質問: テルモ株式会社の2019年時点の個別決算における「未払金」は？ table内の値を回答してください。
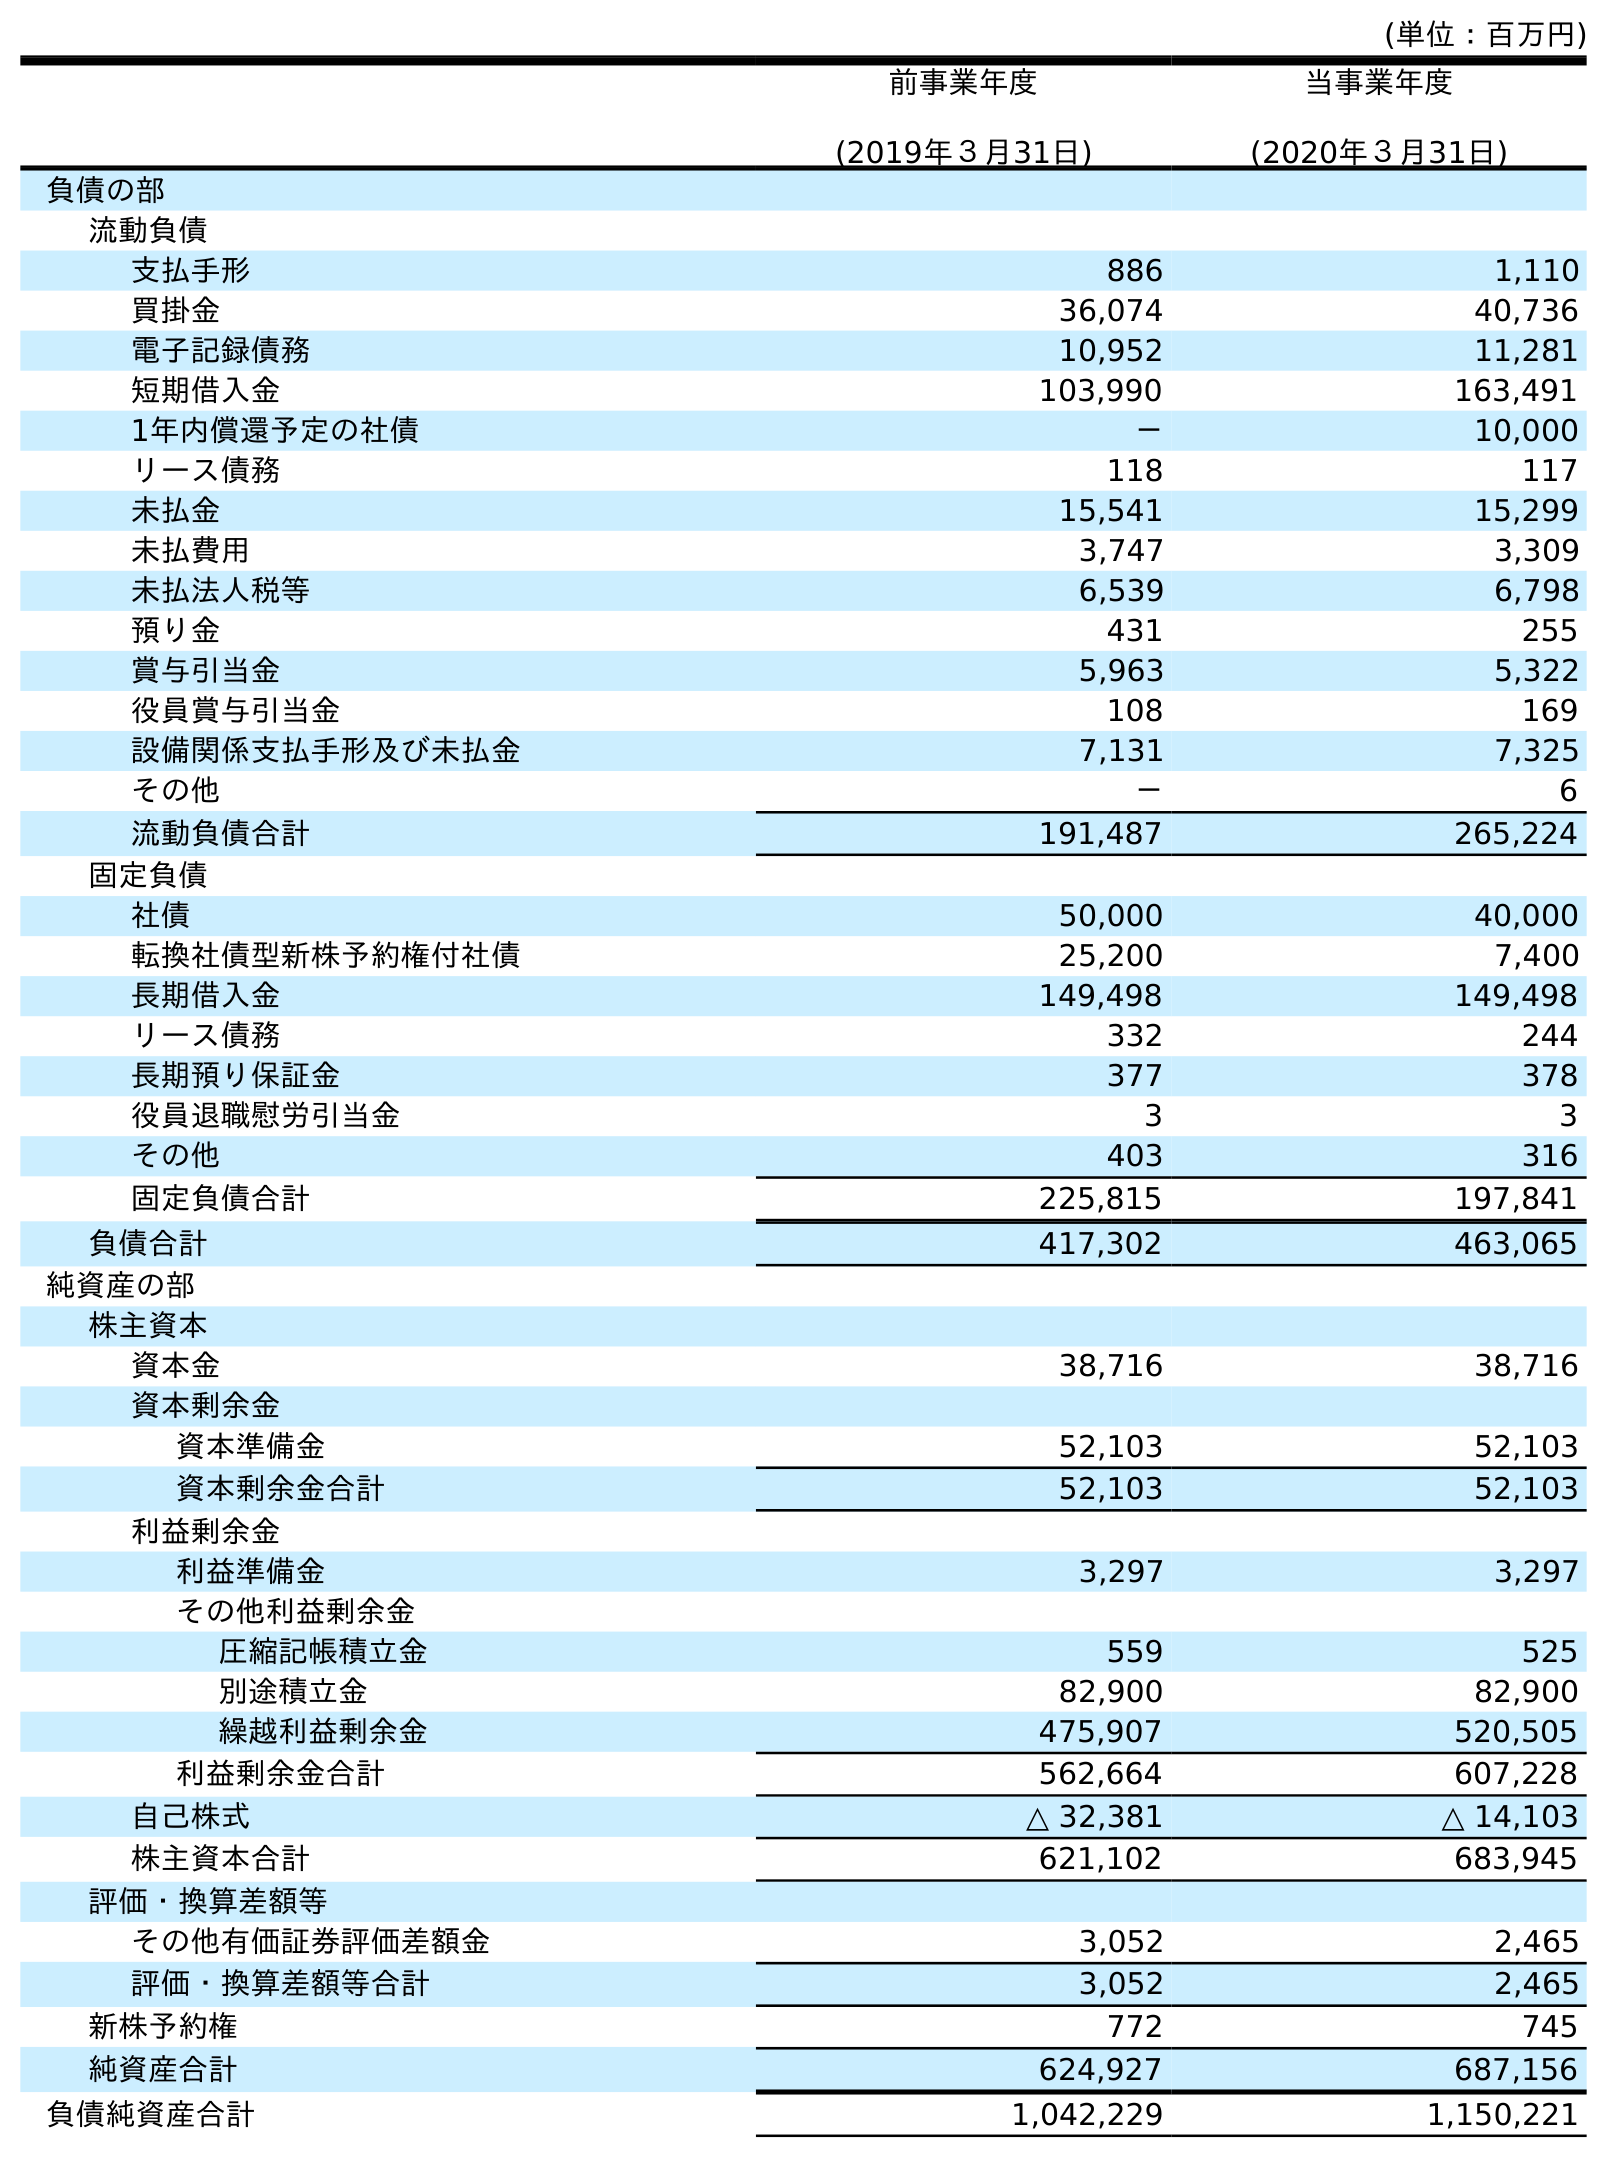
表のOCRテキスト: (単位：百万円) 前事業年度 (2019年３月31日) 当事業年度 (2020年３月31日) 負債の部 流動負債 支払手形 886 1,110 買掛金 36,074 40,736 電子記録債務 10,952 11,281 短期借入金 103,990 163,491 1年内償還予定の社債 － 10,000 リース債務 118 117 未払金 15,541 15,299 未払費用 3,747 3,309 未払法人税等 6,539 6,798 預り金 431 255 賞与引当金 5,963 5,322 役員賞与引当金 108 169 設備関係支払手形及び未払金 7,131 7,325 その他 － 6 流動負債合計 191,487 265,224 固定負債 社債 50,000 40,000 転換社債型新株予約権付社債 25,200 7,400 長期借入金 149,498 149,498 リース債務 332 244 長期預り保証金 377 378 役員退職慰労引当金 3 3 その他 403 316 固定負債合計 225,815 197,841 負債合計 417,302 463,065 純資産の部 株主資本 資本金 38,716 38,716 資本剰余金 資本準備金 52,103 52,103 資本剰余金合計 52,103 52,103 利益剰余金 利益準備金 3,297 3,297 その他利益剰余金 圧縮記帳積立金 559 525 別途積立金 82,900 82,900 繰越利益剰余金 475,907 520,505 利益剰余金合計 562,664 607,228 自己株式 △ 32,381 △ 14,103 株主資本合計 621,102 683,945 評価・換算差額等 その他有価証券評価差額金 3,052 2,465 評価・換算差額等合計 3,052 2,465 新株予約権 772 745 純資産合計 624,927 687,156 負債純資産合計 1,042,229 1,150,221
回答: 15,541